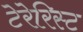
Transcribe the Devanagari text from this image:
टेरेरिस्ट